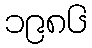
၁၉၈၆